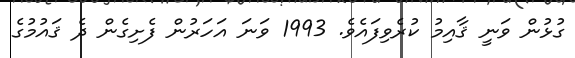
ގުޅުން ވަނީ ޤާއިމު ކުރެވިފައެވެ. 1993 ވަނަ އަހަރުން ފެށިގެން ދެ ޤައުމުގެ